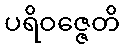
ပရိဝဇ္ဇေတိ